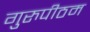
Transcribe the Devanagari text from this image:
गुरुपीठम